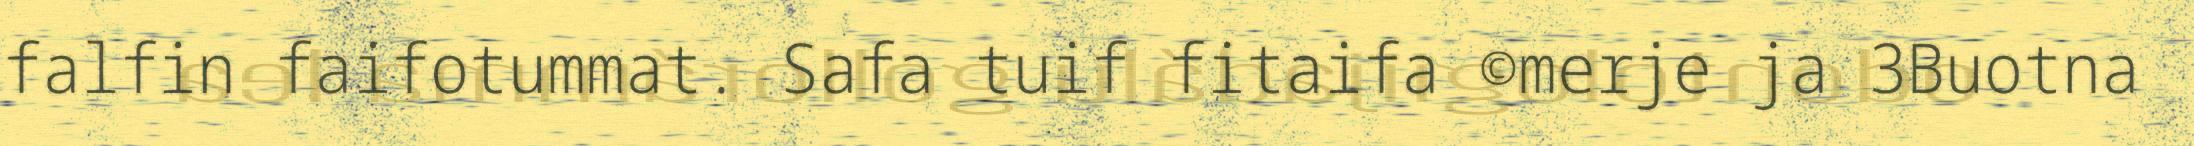
falfin faifotummat. Safa tuif fitaifa ©merje ja 3Buotna